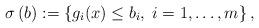
LaTeX: \begin{align*}\sigma \left( b\right) :=\left\{ g_{i}(x)\leq b_{i},\;i=1,\ldots ,m\right\} ,\end{align*}